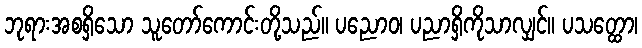
ဘုရားအစရှိသော သူတော်ကောင်းတို့သည်။ ပညောဝ၊ ပညာရှိကိုသာလျှင်။ ပသတ္ထော၊